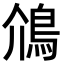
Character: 䲸